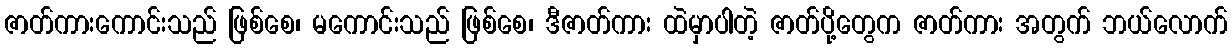
ဇာတ်ကားကောင်းသည် ဖြစ်စေ၊ မကောင်းသည် ဖြစ်စေ၊ ဒီဇာတ်ကား ထဲမှာပါတဲ့ ဇာတ်ပို့တွေက ဇာတ်ကား အတွက် ဘယ်လောက်